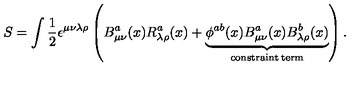
S = \int \frac { 1 } { 2 } \epsilon ^ { \mu \nu \lambda \rho } \left( B _ { \mu \nu } ^ { a } ( x ) R _ { \lambda \rho } ^ { a } ( x ) + \underbrace { \phi ^ { a b } ( x ) B _ { \mu \nu } ^ { a } ( x ) B _ { \lambda \rho } ^ { b } ( x ) } _ { \mathrm { c o n s t r a i n t \: t e r m } } \right) .